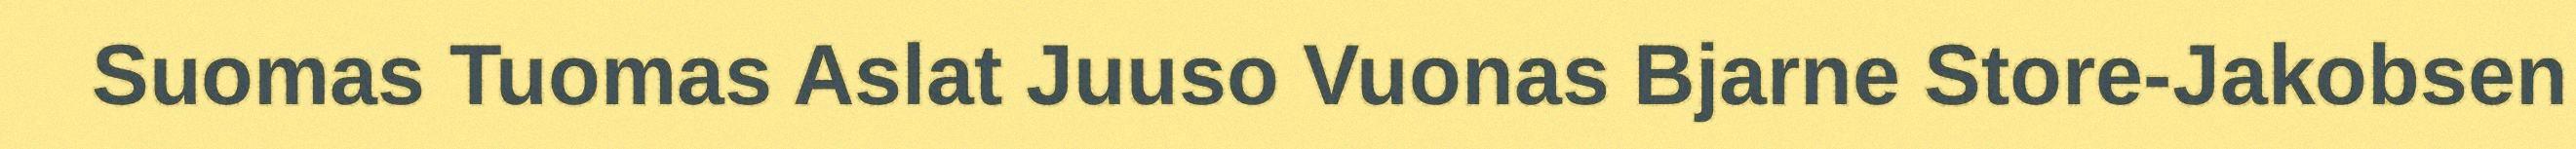
Suomas Tuomas Aslat Juuso Vuonas Bjarne Store-Jakobsen